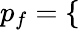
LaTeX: \begin{array}{r}{p_{f}=\left\{ \begin{array}{rlrl}\end{array}\right.}\end{array}